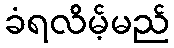
ခံရလိမ့်မည်